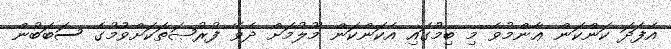
އެފަދަ ކަންކަން ޢާންމުވެ މި ބިމުގައި އެކަންކަން މޫލުމަށް ދެވޭ ފުރުޞަތަކަށްވުމުގެ ސަބަބުން